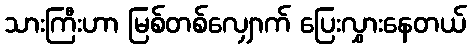
သားကြီးဟာ မြစ်တစ်လျှောက် ပြေးလွှားနေတယ်